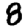
Digit: 8